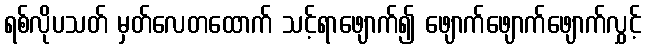
ရစ်လိုပသတ် မှတ်လေတထောက် သင့်ရာဖျောက်၍ ဖျောက်ဖျောက်ဖျောက်လွှင့်